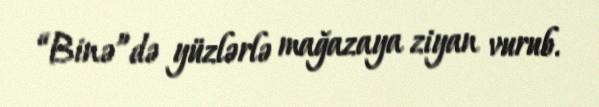
“Binə”də yüzlərlə mağazaya ziyan vurub.